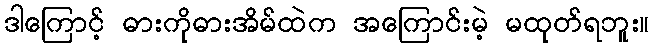
ဒါကြောင့် ဓားကိုဓားအိမ်ထဲက အကြောင်းမဲ့ မထုတ်ရဘူး။